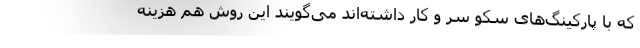
که با پارکینگ‌های سکو سر و کار داشته‌اند می‌گویند این روش هم هزینه